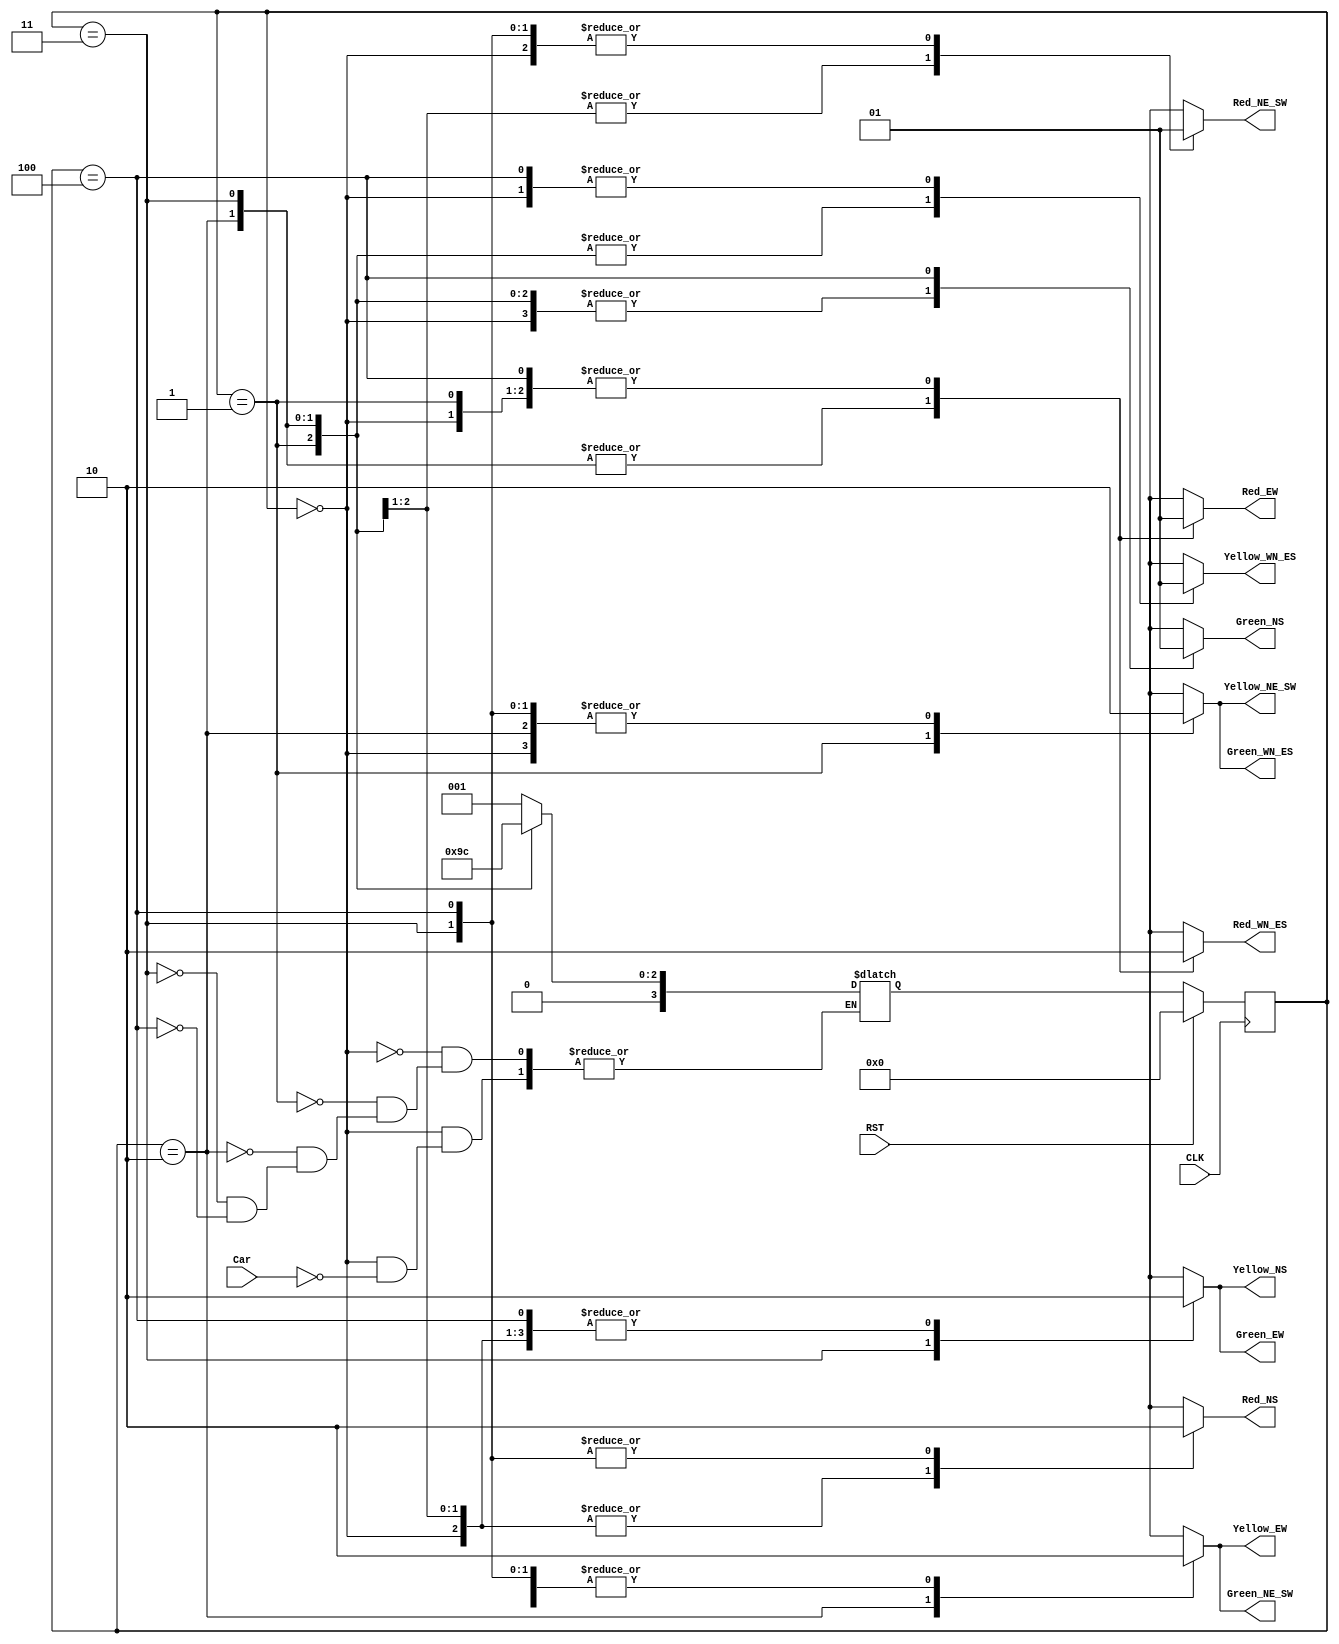
`timescale 1ns / 1ps

module TrafficLightController #(parameter WL = 4)
                               (input CLK, RST, Car,
                                output reg Green_WN_ES, Yellow_WN_ES, Red_WN_ES,
                                output reg Green_NE_SW, Yellow_NE_SW, Red_NE_SW,
                                output reg Green_EW, Yellow_EW, Red_EW,
                                output reg Green_NS, Yellow_NS, Red_NS);

reg [WL-1:0] state, next_state;

// States
localparam SR = 0, // Reset
           S0 = 1, // WN (West-to-North) and ES (East-to-South)
           S1 = 2, // NE (North-to-East) and SW (South-to-West)
           S2 = 3, // EW (East and West)
           S3 = 4; // NS (North and South)

    // STATE REGISTER SEQUENTIAL LOGIC
    always @ (posedge CLK) begin
        if (RST)
            state <= SR;
        else
            state <= next_state;
    end
    
    // NEXT STATE COMBINATIONAL LOGIC
    always @ (state) begin
        case (state)
            // Reset
            SR: begin
                if (Car)
                    next_state = S0;
            end
            // WN && ES
            S0: begin
                next_state = S1;
            end
            // NE && SW
            S1: begin
                next_state = S2;
            end
            // EW
            S2: begin
                next_state = S3;
            end
            // NS
            S3: begin
                next_state = S0;
            end
        endcase
    end
    
    // OUTPUT COMBINATIONAL LOGIC
    always @ (state) begin
        case (state)
            // Reset
            SR: begin
                Green_WN_ES  = 1'b0;
                Yellow_WN_ES = 1'b1; // Next-state
                Red_WN_ES    = 1'b0;
                Green_NE_SW  = 1'b0;
                Yellow_NE_SW = 1'b0;
                Red_NE_SW    = 1'b1;
                Green_EW     = 1'b0;
                Yellow_EW    = 1'b0;
                Red_EW       = 1'b1;
                Green_NS     = 1'b0;
                Yellow_NS    = 1'b0;
                Red_NS       = 1'b1;
            end
            // WN && ES
            S0: begin
                Green_WN_ES  = 1'b1;
                Yellow_WN_ES = 1'b0;
                Red_WN_ES    = 1'b0;
                Green_NE_SW  = 1'b0;
                Yellow_NE_SW = 1'b1; // Next state NE && SW
                Red_NE_SW    = 1'b0;
                Green_EW     = 1'b0;
                Yellow_EW    = 1'b0;
                Red_EW       = 1'b1;
                Green_NS     = 1'b0;
                Yellow_NS    = 1'b0;
                Red_NS       = 1'b1;
            end
            // NE && SW
            S1: begin
                Green_WN_ES  = 1'b0;
                Yellow_WN_ES = 1'b0;
                Red_WN_ES    = 1'b1;
                Green_NE_SW  = 1'b1;
                Yellow_NE_SW = 1'b0;
                Red_NE_SW    = 1'b0;
                Green_EW     = 1'b0;
                Yellow_EW    = 1'b1; // Next state EW
                Red_EW       = 1'b0;
                Green_NS     = 1'b0;
                Yellow_NS    = 1'b0;
                Red_NS       = 1'b1;
            end
            // EW
            S2: begin
                Green_WN_ES  = 1'b0;
                Yellow_WN_ES = 1'b0;
                Red_WN_ES    = 1'b1;
                Green_NE_SW  = 1'b0;
                Yellow_NE_SW = 1'b0;
                Red_NE_SW    = 1'b1;
                Green_EW     = 1'b1;
                Yellow_EW    = 1'b0;
                Red_EW       = 1'b0;
                Green_NS     = 1'b0;
                Yellow_NS    = 1'b1; // Next state NS
                Red_NS       = 1'b0;
            end
            // NS
            S3: begin
                Green_WN_ES  = 1'b0;
                Yellow_WN_ES = 1'b1; // Next state WN && ES
                Red_WN_ES    = 1'b0;
                Green_NE_SW  = 1'b0;
                Yellow_NE_SW = 1'b0;
                Red_NE_SW    = 1'b1;
                Green_EW     = 1'b0;
                Yellow_EW    = 1'b0;
                Red_EW       = 1'b1;
                Green_NS     = 1'b1;
                Yellow_NS    = 1'b0;
                Red_NS       = 1'b0;
            end
            default: begin
                Green_WN_ES  = 1'bx;
                Yellow_WN_ES = 1'bx;
                Red_WN_ES    = 1'bx;
                Green_NE_SW  = 1'bx;
                Yellow_NE_SW = 1'bx;
                Red_NE_SW    = 1'bx;
                Green_EW     = 1'bx;
                Yellow_EW    = 1'bx;
                Red_EW       = 1'bx;
                Green_NS     = 1'bx;
                Yellow_NS    = 1'bx;
                Red_NS       = 1'bx;
            end
        endcase
    end

endmodule